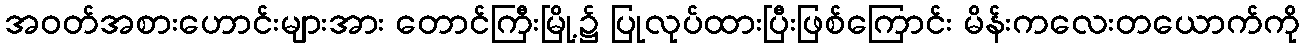
အဝတ်အစားဟောင်းများအား တောင်ကြီးမြို့၌ ပြုလုပ်ထားပြီးဖြစ်ကြောင်း မိန်းကလေးတယောက်ကို